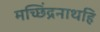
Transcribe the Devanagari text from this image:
मच्छिंद्रनाथहि